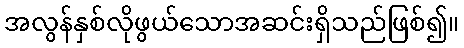
အလွန်နှစ်လိုဖွယ်သောအဆင်းရှိသည်ဖြစ်၍။